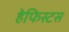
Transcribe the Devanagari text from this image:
हेफिस्टस